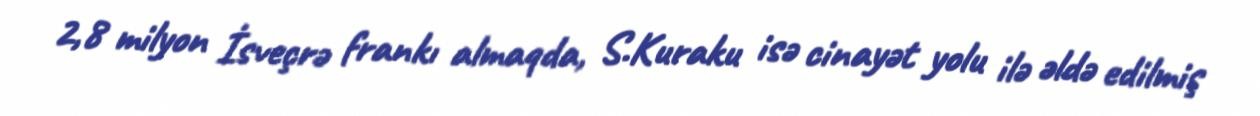
2,8 milyon İsveçrə frankı almaqda, S.Kuraku isə cinayət yolu ilə əldə edilmiş